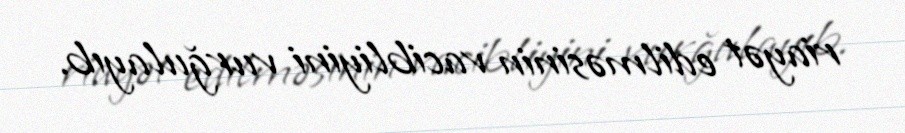
riayət edilməsinin vacibliyini vurğulayıb.